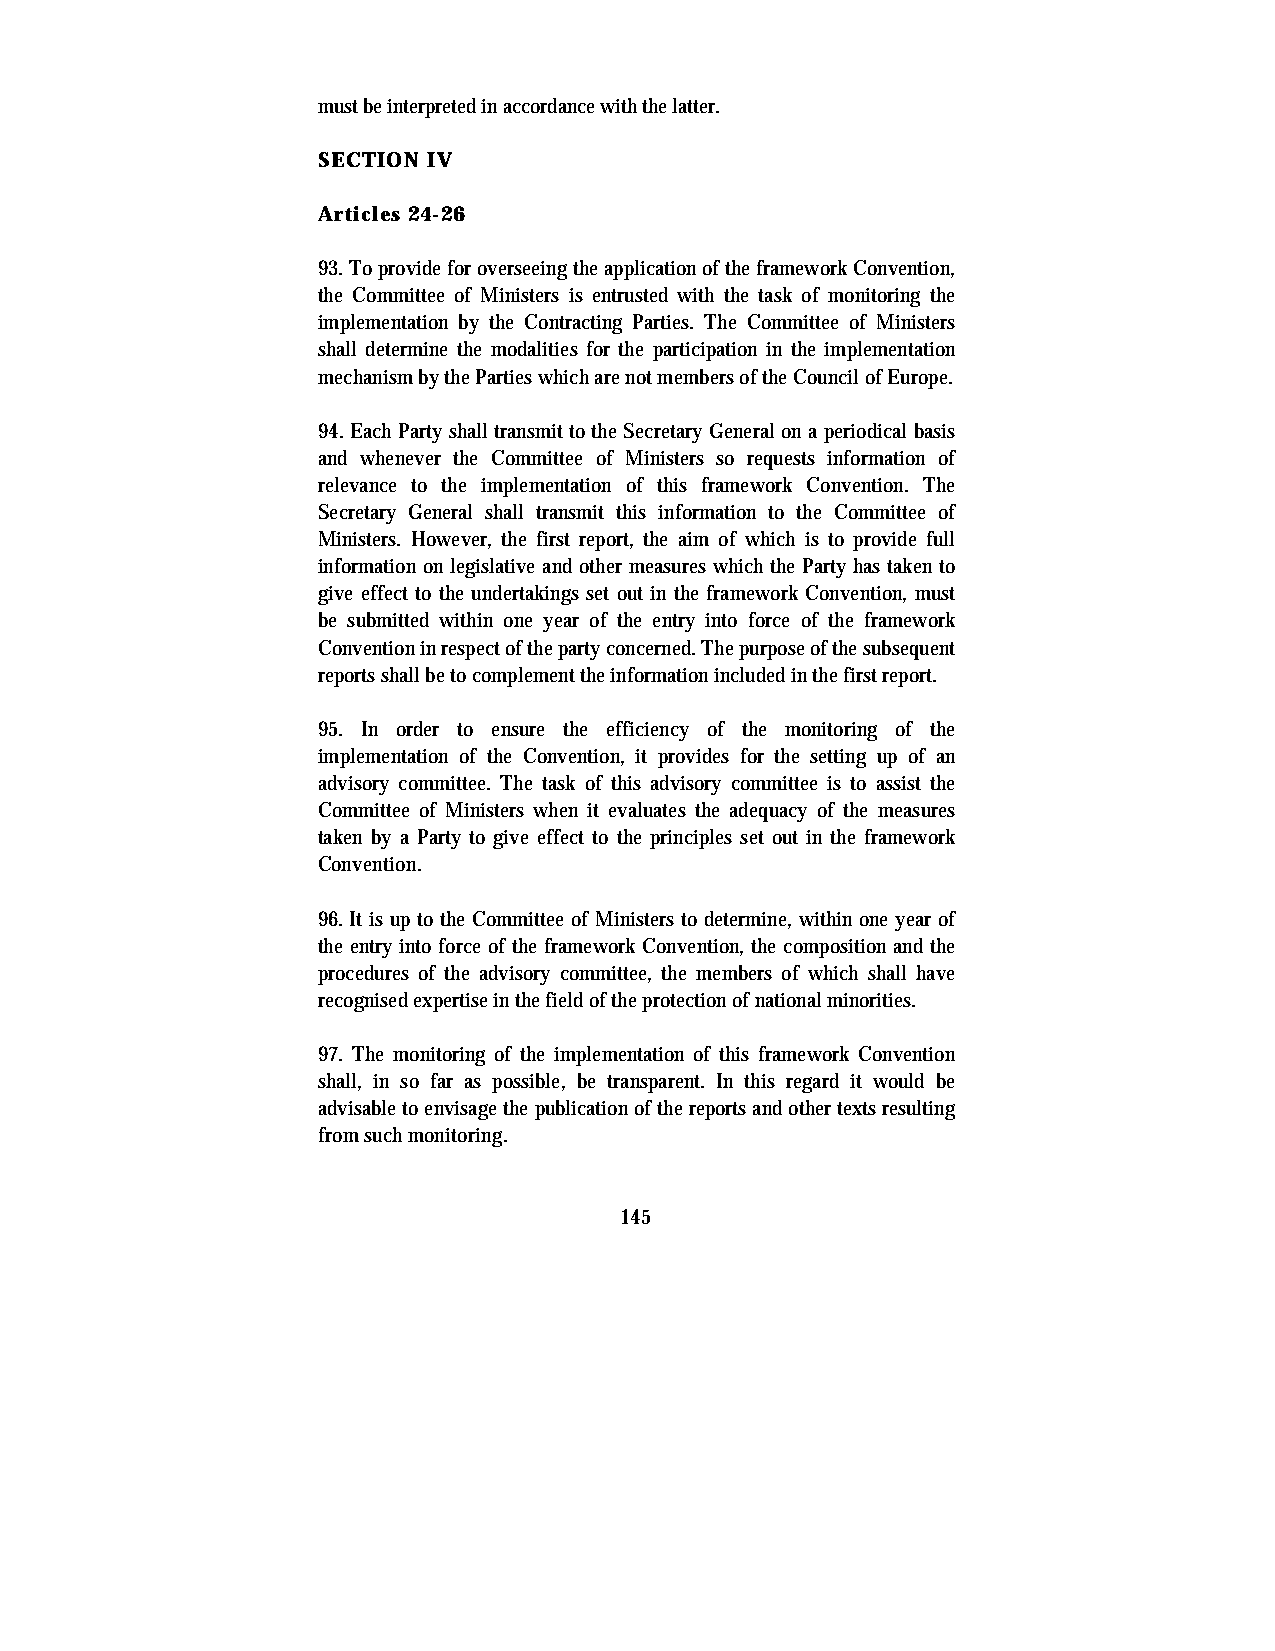
must be interpreted in accordance with the latter.
 SECTION IV
 Articles 24-26
 93. To provide for overseeing the application of the framework Convention,
 the Committee of Ministers is entrusted with the task of monitoring the
 implementation by the Contracting Parties. The Committee of Ministers
 shall determine the modalities for the participation in the implementation
 mechanism by the Parties which are not members of the Council of Europe.
 94. Each Party shall transmit to the Secretary General on a periodical basis
 and whenever the Committee of Ministers so requests information of
 relevance to the implementation of this framework Convention. The
 Secretary General shall transmit this information to the Committee of
 Ministers. However, the first report, the aim of which is to provide full
 information on legislative and other measures which the Party has taken to
 give effect to the undertakings set out in the framework Convention, must
 be submitted within one year of the entry into force of the framework
 Convention in respect of the party concerned. The purpose of the subsequent
 reports shall be to complement the information included in the first report.
 95. In order to ensure the efficiency of the monitoring of the
 implementation of the Convention, it provides for the setting up of an
 advisory committee. The task of this advisory committee is to assist the
 Committee of Ministers when it evaluates the adequacy of the measures
 taken by a Party to give effect to the principles set out in the framework
 Convention.
 96. It is up to the Committee of Ministers to determine, within one year of
 the entry into force of the framework Convention, the composition and the
 procedures of the advisory committee, the members of which shall have
 recognised expertise in the field of the protection of national minorities.
 97. The monitoring of the implementation of this framework Convention
 shall, in so far as possible, be transparent. In this regard it would be
 advisable to envisage the publication of the reports and other texts resulting
 from such monitoring.
 145